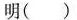
明()